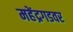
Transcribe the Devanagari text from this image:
महेंद्रगडवर